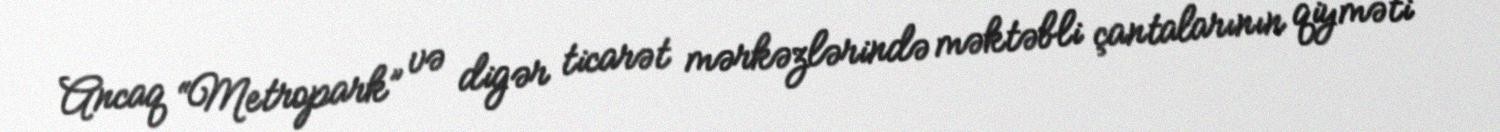
Ancaq “Metropark” və digər ticarət mərkəzlərində məktəbli çantalarının qiyməti